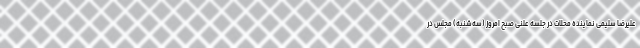
علیرضا سلیمی نماینده محلات در جلسه علنی صبح امروز (سه‌شنبه) مجلس در